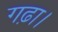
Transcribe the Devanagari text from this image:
गढ़ा।